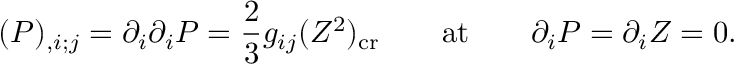
( P ) _ { , i ; j } = \partial _ { i } \partial _ { i } P = { \frac { 2 } { 3 } } g _ { i j } ( Z ^ { 2 } ) _ { \mathrm { c r } } \qquad \mathrm { a t } \qquad \partial _ { i } P = \partial _ { i } Z = 0 .